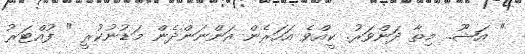
" އަޝޫ.. މިތާ ދަންވަރު. ކީއްވެ އަހަރެން އަންނަންދެން މަޑުނުކުރީ " ފުއްޓަރު